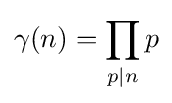
\gamma (n)=\prod _{p\mid n}p